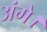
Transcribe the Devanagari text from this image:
अंगे।